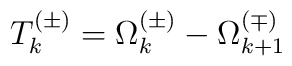
T_k^{(\pm)} = \Omega_k^{(\pm)}- \Omega_{k+1}^{(\mp)}